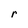
Character: r